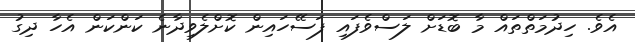
އެވެ. ހިދުމަތްތައް މާ ބޮޑަށް ލަސްވެފައި ފަސޭހައިން ކޮށްލެވިދާނެ ކަންކަން އެހާ ދިގު